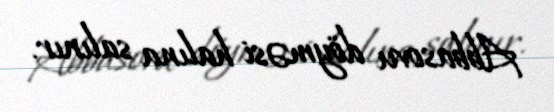
Abbasovu döyməsi halına salınır.